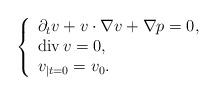
LaTeX: \begin{align*}\left\{ \begin{array}{ll}\partial_{t}v+v\cdot\nabla v+\nabla p =0, &\\\textnormal{div}\, v=0, &\\v_{\vert t=0}=v_0.\end{array} \right. \end{align*}